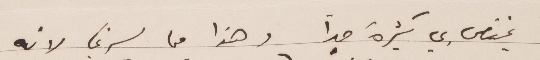
يختص بي كثيرة جدًا وهذا ما ما يسرني لانه